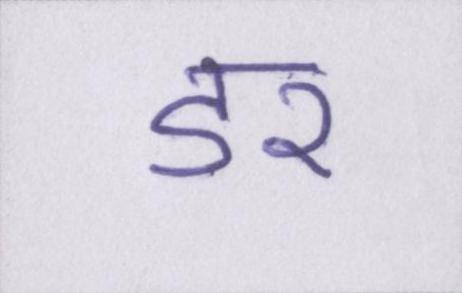
डर